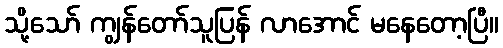
သို့သော် ကျွန်တော်သူပြန် လာအောင် မနေတော့ပြီ။